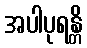
အပါပုရန္တိ